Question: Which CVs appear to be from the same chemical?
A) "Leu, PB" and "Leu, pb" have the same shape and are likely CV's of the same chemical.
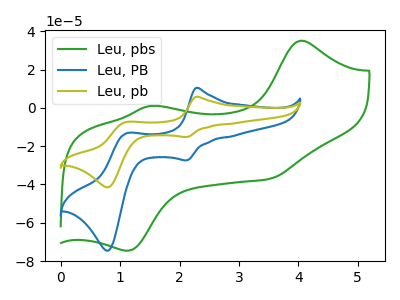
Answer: <think>The green curve "Leu, pbs" has anodic peaks at (4.05V, 35.00uA) (1.50V, 0.95uA) and cathodic peaks at (3.50V, -37.10uA) (1.10V, -74.65uA). The blue curve "Leu, PB" has anodic peaks at (2.30V, 10.40uA) (1.10V, -13.30uA) and cathodic peaks at (2.10V, -27.40uA) (0.80V, -74.55uA). The olive curve "Leu, pb" has anodic peaks at (2.30V, 5.80uA) (1.10V, -7.40uA) and cathodic peaks at (2.10V, -15.25uA) (0.80V, -41.50uA).
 "Leu, pbs" and "Leu, PB" have at least one peak that do not match. "Leu, pbs" and "Leu, pb" have at least one peak that do not match. All the peaks in "Leu, PB" have a peak in "Leu, pb" at the same potential.</think>
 <answer>A) "Leu, PB" and "Leu, pb" have the same shape and are likely CV's of the same chemical.</answer>
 <eval>A</eval>